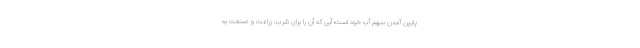
پایین آمدن سهم آب خود است؛ آبی که آن را برای شرب، زراعت و صنعت به